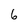
Character: 6